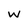
Character: w